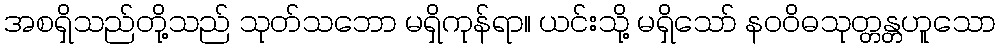
အစရှိသည်တို့သည် သုတ်သဘော မရှိကုန်ရာ။ ယင်းသို့ မရှိသော် နဝဝိဓသုတ္တန္တဟူသော